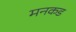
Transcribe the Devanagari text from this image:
मनकड